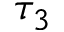
\tau _ { 3 }